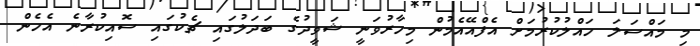
މި މައްސަލަ ހައްލުކުރުމަށް އެފްއޭއެމުން މިހާރުވަނީ ޝަވީދުގެ ބަދަލުގައި ޗެކުގައި ސޮއިކުރާނެ އެހެން